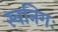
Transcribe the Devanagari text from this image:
स्वनिगः